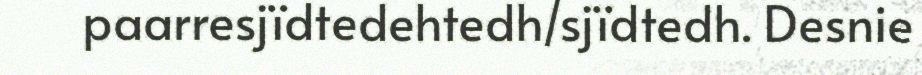
paarresjïdtedehtedh/sjïdtedh. Desnie